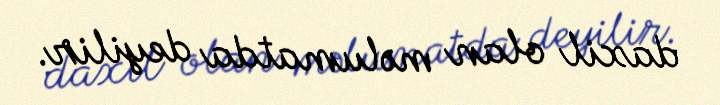
daxil olan məlumatda deyilir.